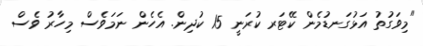
"މިވަގުތު އަޅުގަނޑުމެން ކޭޓަރ ކުރަނީ 15 ކުދިން. އެހެން ނަމަވެސް މިހާރު ވެސް